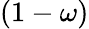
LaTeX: (1-\omega)